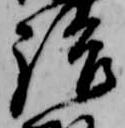
語